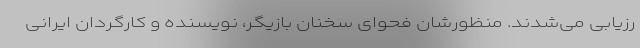
رزیابی می‌شدند. منظورشان فحوای سخنان بازیگر، نویسنده و کارگردان ایرانی